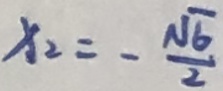
x _ { 2 } = - \frac { \sqrt { 6 } } { 2 }